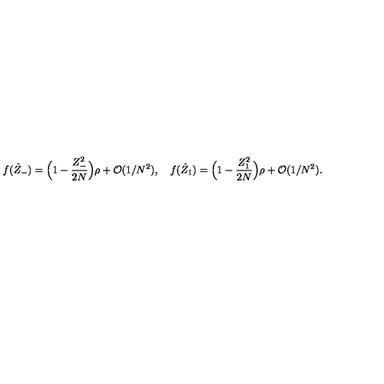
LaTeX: f ( \hat { Z } _ { - } ) = \Bigl ( 1 - { \frac { Z _ { - } ^ { 2 } } { 2 N } } \Bigr ) \rho + { \cal O } ( 1 / N ^ { 2 } ) , \quad f ( \hat { Z } _ { 1 } ) = \Bigl ( 1 - { \frac { Z _ { 1 } ^ { 2 } } { 2 N } } \Bigr ) \rho + { \cal O } ( 1 / N ^ { 2 } ) .